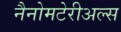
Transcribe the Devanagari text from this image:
नैनोमटेरीअल्स